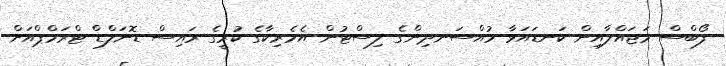
ފޯބްސް މަޖައްލާއިން ކަނޑައަޅާ މުއްސަނދިންގެ ލިސްޓުން އެމެރިކާގެ ކުރީގެ ރައިސް ޑޮނަލްޑް ޓްރަމްޕްއަށް